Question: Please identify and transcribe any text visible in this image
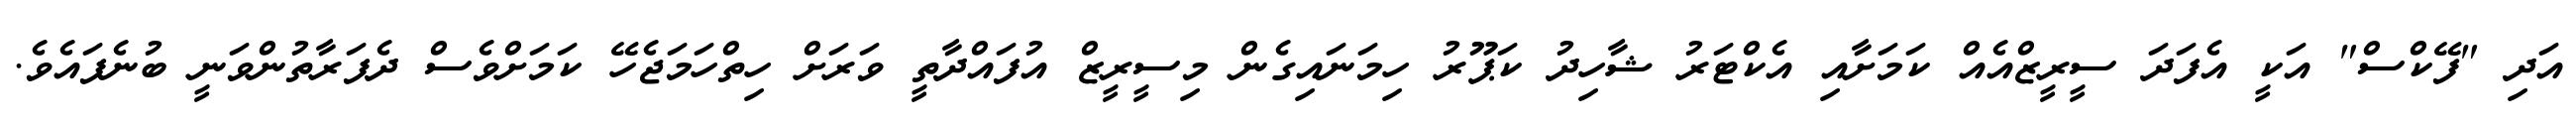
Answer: އަދި "ފޭކްސް" އަކީ އެފަދަ ސީރީޒްއެއް ކަމަށާއި އެކްޓަރު ޝާހިދު ކަޕޫރު ހިމަނައިގެން މިސީރީޒް އުފައްދާތީ ވަރަށް ހިތްހަމަޖެހޭ ކަމަށްވެސް ދެފަރާތުންވަނީ ބުނެފައެވެ.